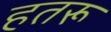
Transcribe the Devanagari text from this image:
हतरू